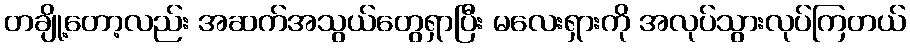
တချို့တော့လည်း အဆက်အသွယ်တွေရှာပြီး မလေးရှားကို အလုပ်သွားလုပ်ကြတယ်